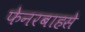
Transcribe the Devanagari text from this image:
फेनरबाहसे